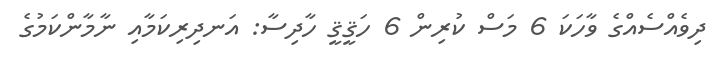
ދިވެއްސެއްގެ ވާހަކަ 6 މަސް ކުރިން 6 ހަޤީޤީ ހާދިސާ: އަނދިރިކަމާއި ނާމާންކަމުގެ